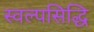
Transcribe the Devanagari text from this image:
स्वल्पसिद्धि